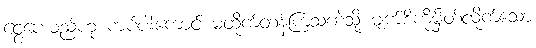
ငွေပေးမည်ဟု ကပ်ပါးကောင် မထိုက်တန်ကြသကဲ့သို့ မျက်စိကိုမှိတ်လိုက်သော